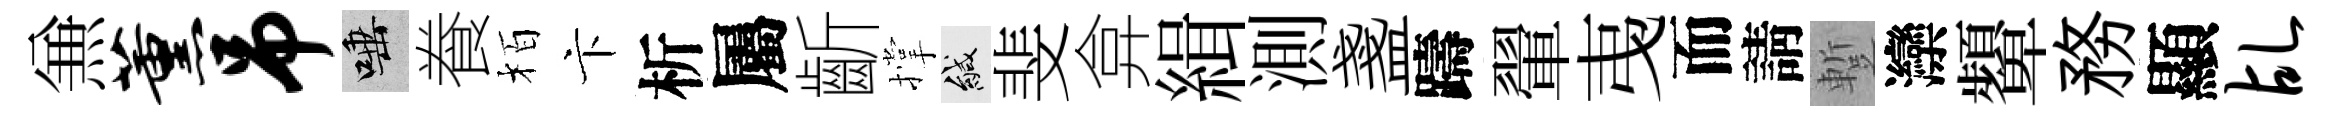
𠔥薰吊唾飬栢卞析屬齗撑緘斐弇緝測盞躊翬𢎯而請蹔灤顰務顯乩